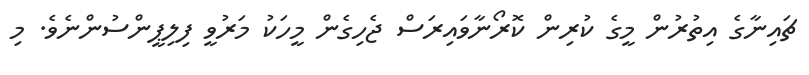
ޗައިނާގެ އިތުރުން މީގެ ކުރިން ކޮރޯނާވައިރަސް ޖެހިގެން މީހަކު މަރުވީ ފިލިޕީންސުންނެވެ. މި